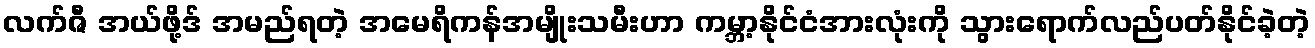
လက်ဇီ အယ်ဖို့ဒ် အမည်ရတဲ့ အမေရိကန်အမျိုးသမီးဟာ ကမ္ဘာ့နိုင်ငံအားလုံးကို သွားရောက်လည်ပတ်နိုင်ခဲ့တဲ့